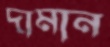
দামান